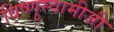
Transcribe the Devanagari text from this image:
विष्णुस्वामीजी